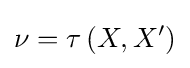
\nu =\tau \left(X,X^{\prime }\right)